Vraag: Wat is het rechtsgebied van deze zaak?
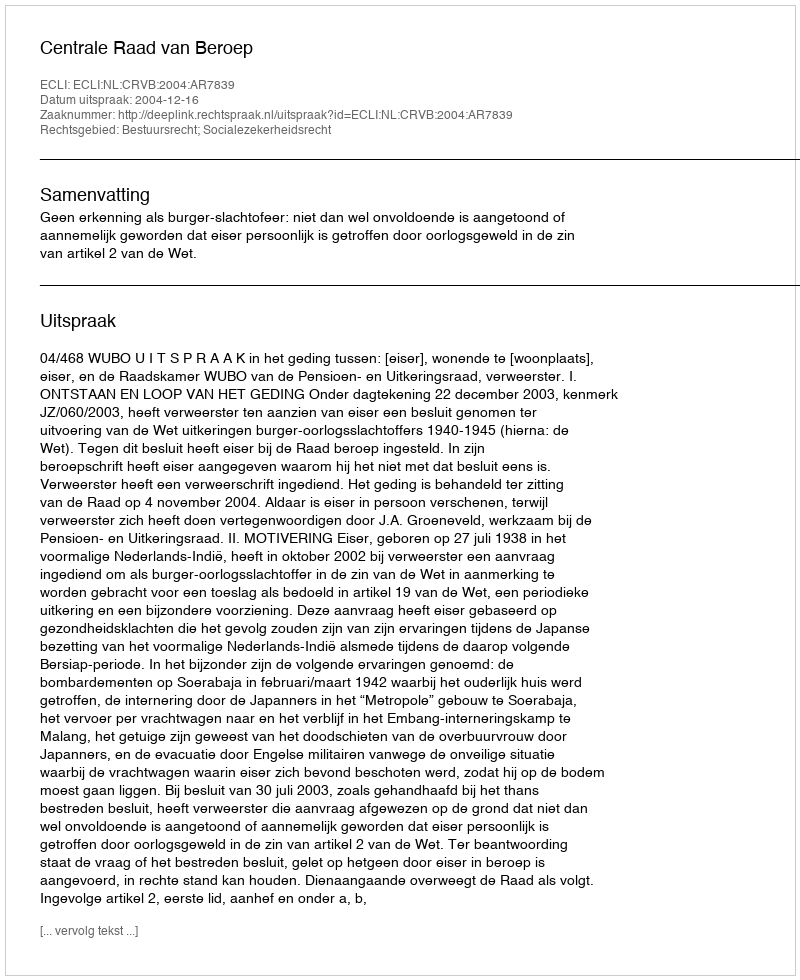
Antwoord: Bestuursrecht; Socialezekerheidsrecht